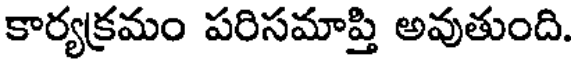
కార్యక్రమం పరిసమాప్తి అవుతుంది.